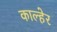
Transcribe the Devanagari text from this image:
काल्हेर